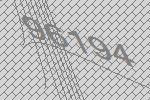
96194